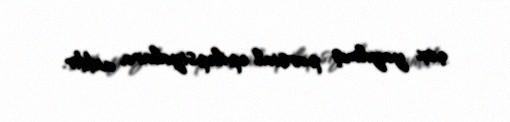
çox yayılmış parsial epilepsiyalara aiddir.